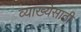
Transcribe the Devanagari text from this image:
व्याख्येसाठी